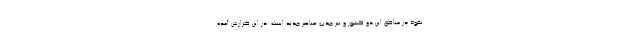
نفوذ در مناطق این دو کشور و نیز جذب عناصر جدید است. در این گزارش آمده